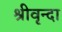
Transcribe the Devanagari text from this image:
श्रीवृन्दा